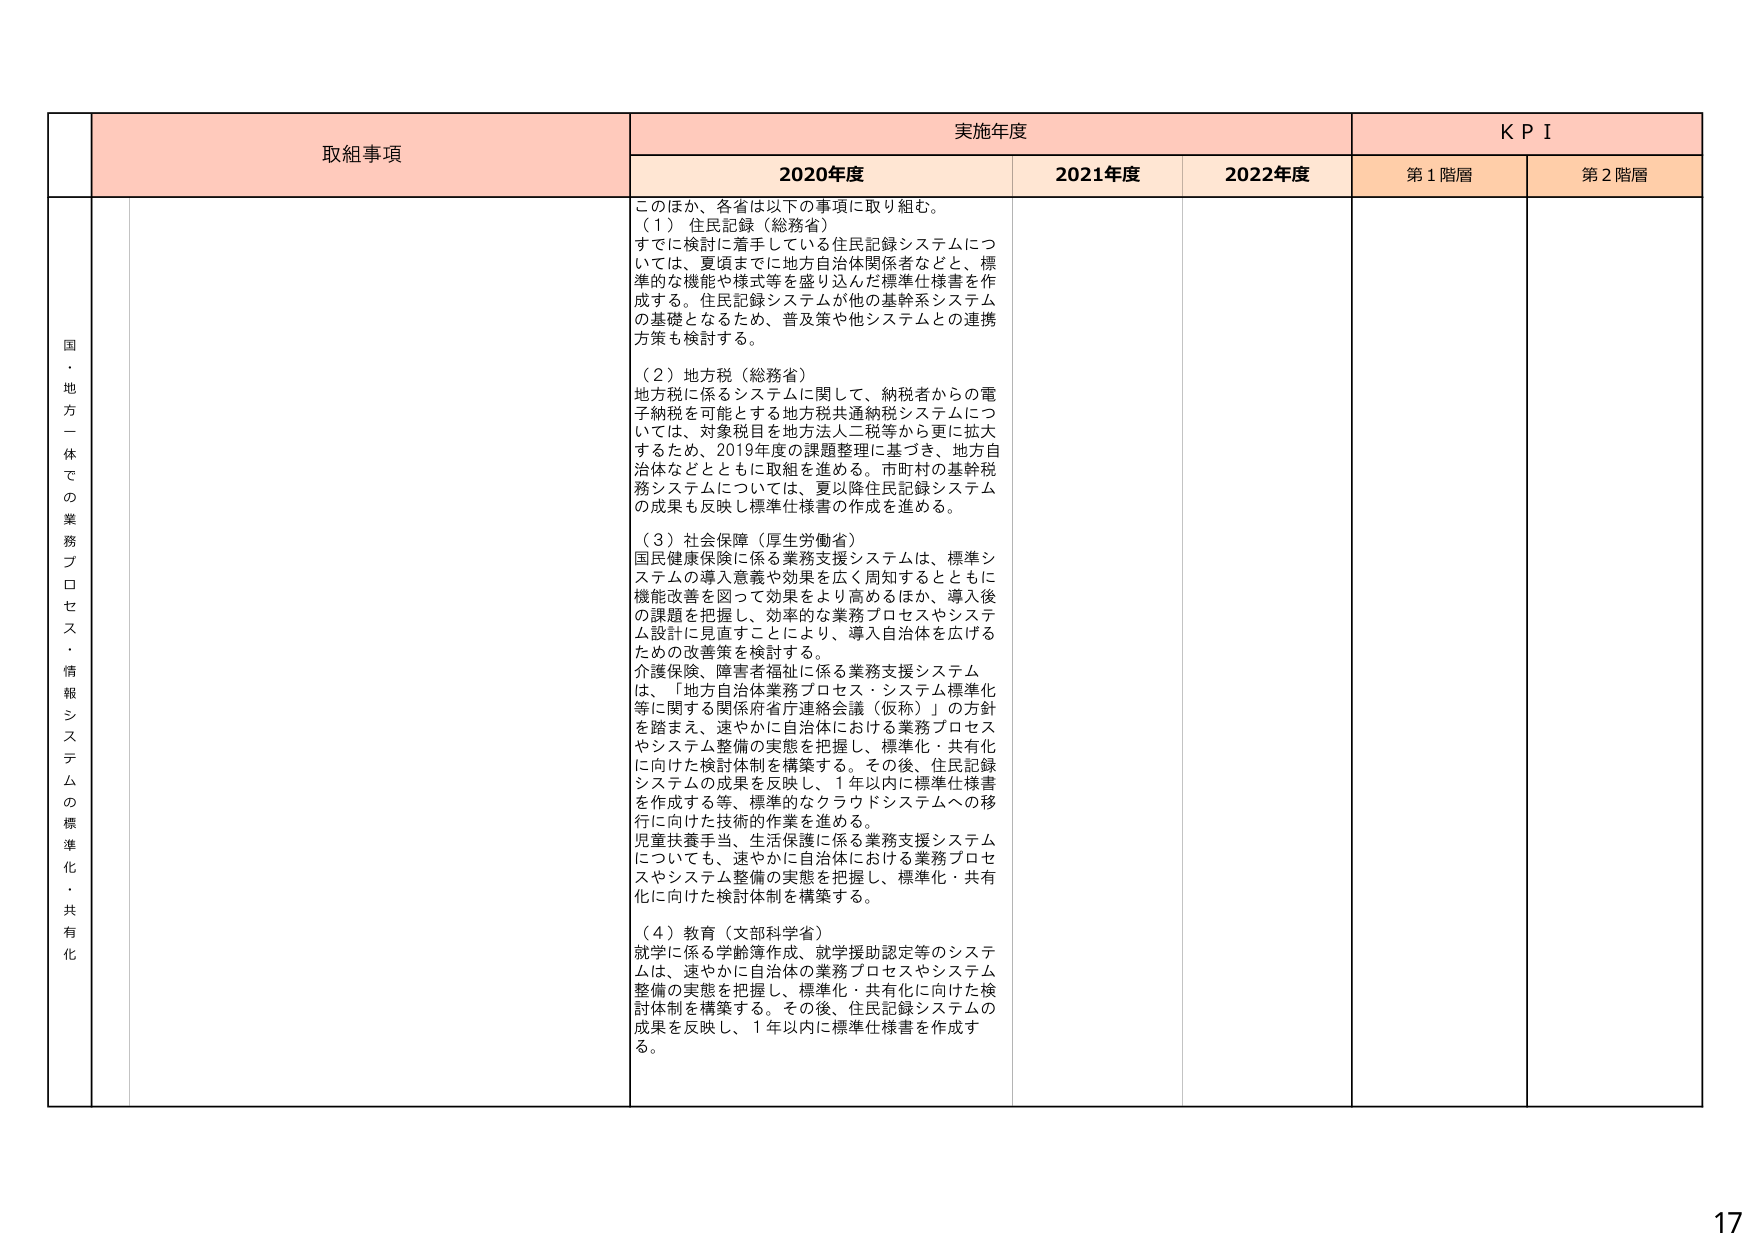
国・地方一体での業務プロセス・情報システムの標準化・共有化

取組事項

実施年度

KPI

2020年度

2021年度

2022年度

第1階層

第2階層

このほか、各省は以下の事項に取り組む。

（1）住民記録（総務省）
すでに検討に着手している住民記録システムについては、夏頃までに地方自治体関係者などと、標準的な機能や様式等を盛り込んだ標準仕様書を作成する。住民記録システムが他の基幹系システムの基礎となるため、普及策や他システムとの連携方策も検討する。

（2）地方税（総務省）
地方税に係るシステムに関して、納税者からの電子納税を可能とする地方税共通納税システムについては、対象税目を地方法人二税等から更に拡大するため、2019年度の課題整理に基づき、地方自治体などとともに取組を進める。市町村の基幹税務システムについては、夏以降住民記録システムの成果も反映し標準仕様書の作成を進める。

（3）社会保障（厚生労働省）
国民健康保険に係る業務支援システムは、標準システムの導入意義や効果を広く周知するとともに機能改善を図って効果をより高めるほか、導入後の課題を把握し、効率的な業務プロセスやシステム設計に見直すことにより、導入自治体を広げるための改善策を検討する。
介護保険、障害者福祉に係る業務支援システムは、「地方自治体業務プロセス・システム標準化等に関する関係府省庁連絡会議（仮称）」の方針を踏まえ、速やかに自治体における業務プロセスやシステム整備の実態を把握し、標準化・共有化に向けた検討体制を構築する。その後、住民記録システムの成果を反映し、1年以内に標準仕様書を作成する等、標準的なクラウドシステムへの移行に向けた技術的作業を進める。
児童扶養手当、生活保護に係る業務支援システムについても、速やかに自治体における業務プロセスやシステム整備の実態を把握し、標準化・共有化に向けた検討体制を構築する。

（4）教育（文部科学省）
就学に係る学齢簿作成、就学援助認定等のシステムは、速やかに自治体の業務プロセスやシステム整備の実態を把握し、標準化・共有化に向けた検討体制を構築する。その後、住民記録システムの成果を反映し、1年以内に標準仕様書を作成する。

17